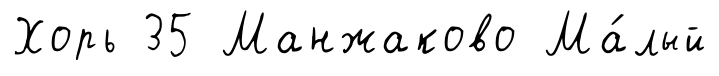
Хорь 35 Манжаково Ма́лый